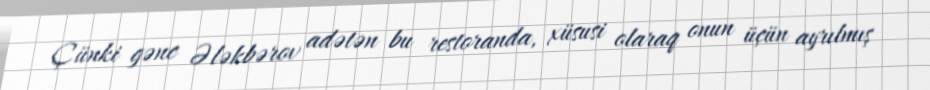
Çünki gənc Ələkbərov adətən bu restoranda, xüsusi olaraq onun üçün ayrılmış